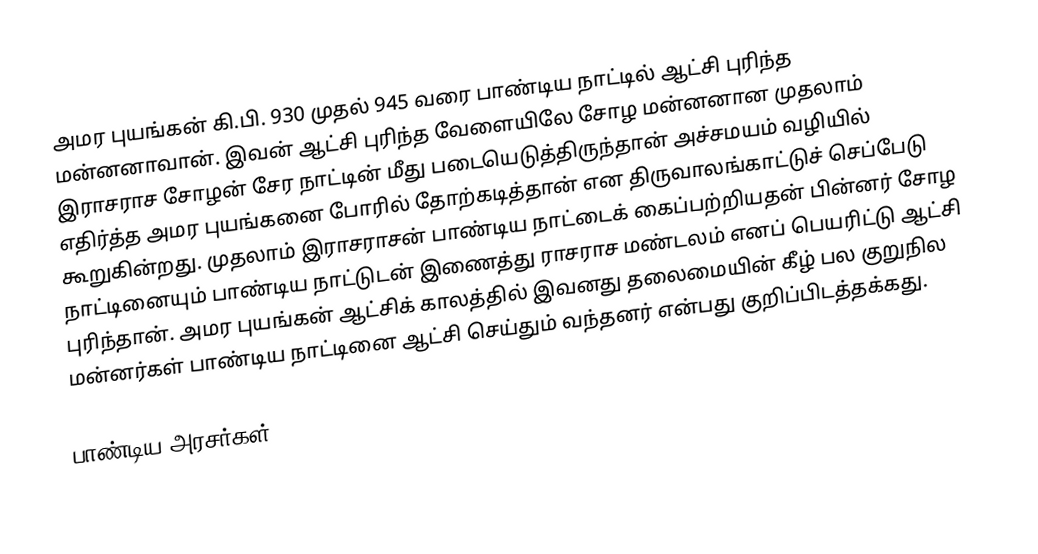
அமர புயங்கன் கி.பி. 930 முதல் 945 வரை பாண்டிய நாட்டில் ஆட்சி புரிந்த மன்னனாவான். இவன் ஆட்சி புரிந்த வேளையிலே சோழ மன்னனான முதலாம் இராசராச சோழன் சேர நாட்டின் மீது படையெடுத்திருந்தான் அச்சமயம் வழியில் எதிர்த்த அமர புயங்கனை போரில் தோற்கடித்தான் என திருவாலங்காட்டுச் செப்பேடு கூறுகின்றது. முதலாம் இராசராசன் பாண்டிய நாட்டைக் கைப்பற்றியதன் பின்னர் சோழ நாட்டினையும் பாண்டிய நாட்டுடன் இணைத்து ராசராச மண்டலம் எனப் பெயரிட்டு ஆட்சி புரிந்தான். அமர புயங்கன் ஆட்சிக் காலத்தில் இவனது தலைமையின் கீழ் பல குறுநில மன்னர்கள் பாண்டிய நாட்டினை ஆட்சி செய்தும் வந்தனர் என்பது குறிப்பிடத்தக்கது.

பாண்டிய அரசர்கள்